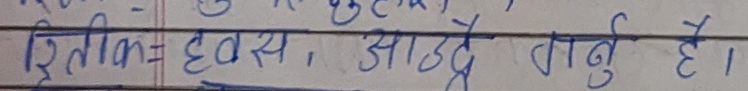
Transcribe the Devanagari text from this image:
ऋतिक, हवस, आउदै गर्नु है ।